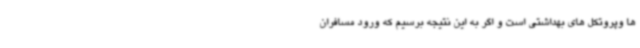
ها وپروتکل های بهداشتی است و اگر به این نتیجه برسیم که ورود مسافران